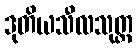
ဒုတိယသီလသုတ္တ